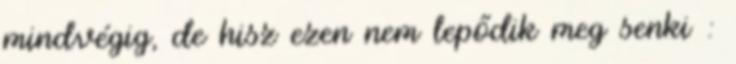
mindvégig, de hisz ezen nem lepődik meg senki :